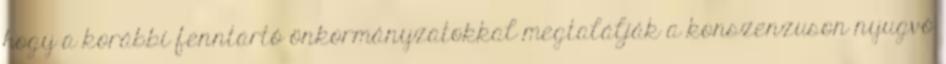
hogy a korábbi fenntartó önkormányzatokkal megtalálják a konszenzuson nyugvó